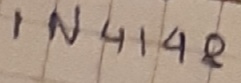
Text: IN4148